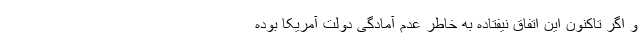
و اگر تاکنون این اتفاق نیفتاده به خاطر عدم آمادگی دولت آمریکا بوده